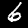
Digit: 6